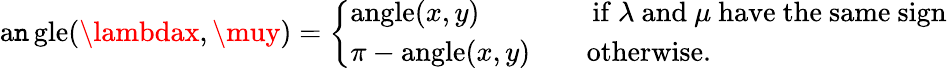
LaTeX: \operatorname{a\mathtt{n}gle}(\lambdax,\muy)={\left\{ \begin{array}{ll}{\operatorname{angle}(x,y)\qquad\qquad{\mathrm{if~}}\lambda{\mathrm{~and~}}\mu{\mathrm{~have~the~same~sign}}}\\ {\pi-\operatorname{angle}(x,y)\qquad{\mathrm{otherwise}}.}\end{array}\right.}